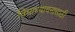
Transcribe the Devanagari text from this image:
विद्याध्यायनासाठी